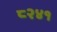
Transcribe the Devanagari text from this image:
८२४१